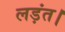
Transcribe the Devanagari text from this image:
लड़ंत।